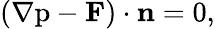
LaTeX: ({\nabla\mathrm{p-{\mathbf F})\cdot{\mathbf n}=0}},